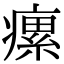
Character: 瘰